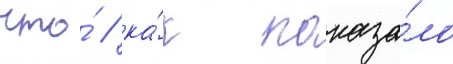
что́ / ка́к показа́ло